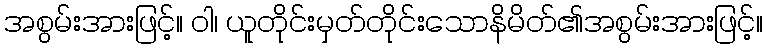
အစွမ်းအားဖြင့်။ ဝါ၊ ယူတိုင်းမှတ်တိုင်းသောနိမိတ်၏အစွမ်းအားဖြင့်။